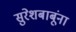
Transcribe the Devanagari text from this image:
सुरेशबाबूंना